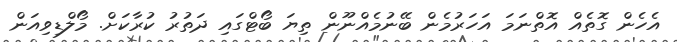
އެހެން ގޮތެއް އޮތްނަމަ އަހަރުމެން ބޭނުމެއްނޫން ތިޔަ ބޯޓްގައި ދަތުރު ކުރާކަށް. މޯލްޑިވިއަން